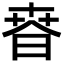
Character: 𣇸